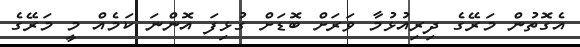
އެގޮތުން މަރޭގެ ދިރިއުޅުމާ ވަރަށް ބޮޑަށް ގުޅިފަ އޮންނަ ކަމެއް މީ މަރޭގެ